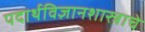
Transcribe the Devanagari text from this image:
पदार्थविज्ञानशास्त्राचे